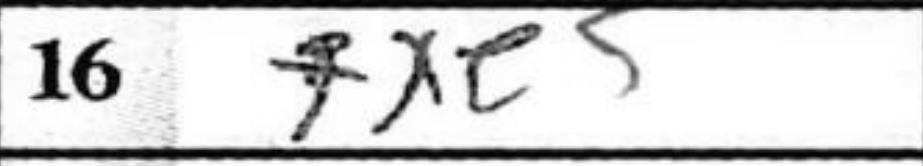
Transcription: fxe5